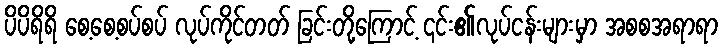
ပိပိရိရိ စေ့စေ့စပ်စပ် လုပ်ကိုင်တတ် ခြင်းတို့ကြောင့် ၎င်း၏လုပ်ငန်းများမှာ အစစအရာရာ